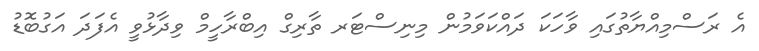
އެ ރަސްމިއްޔާތުގައި ވާހަކަ ދައްކަވަމުން މިނިސްޓަރ ތާރިގް އިބްރާހީމް ވިދާޅުވީ އެފަދަ އަގުބޮޑު